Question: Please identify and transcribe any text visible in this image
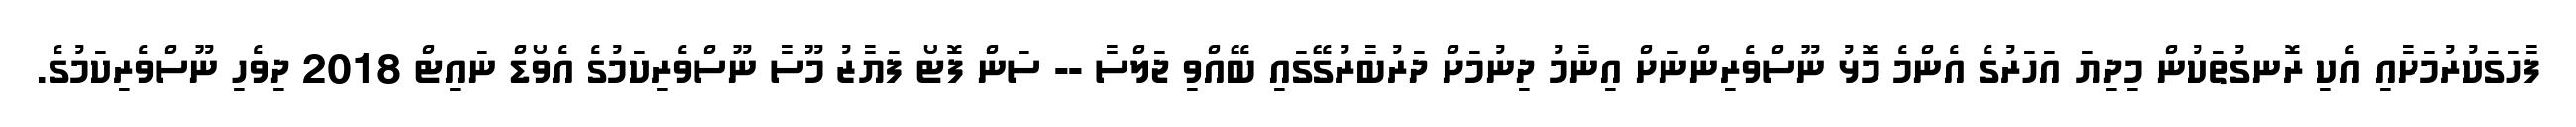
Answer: ފާހަގަކުރުމަށާއި އެކި ރޮނގުތަކުން މިދިޔަ އަހަރުގެ އެންމެ މޮޅު ނޫސްވެރިންނަށް އިނާމު ދިނުމަށް ދަރުބާރުގޭގައި ބޭއްވި ޖަލްސާ -- ސަން ފޮޓޯ ފަޔާޒު މޫސާ ނޫސްވެރިކަމުގެ އެވޯޑް ނައިޓް 2018 ދިވެހި ނޫސްވެރިކަމުގެ.